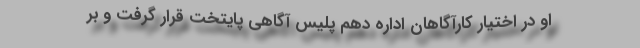
او در اختیار کارآگاهان اداره دهم پلیس آگاهی پایتخت قرار گرفت و بر